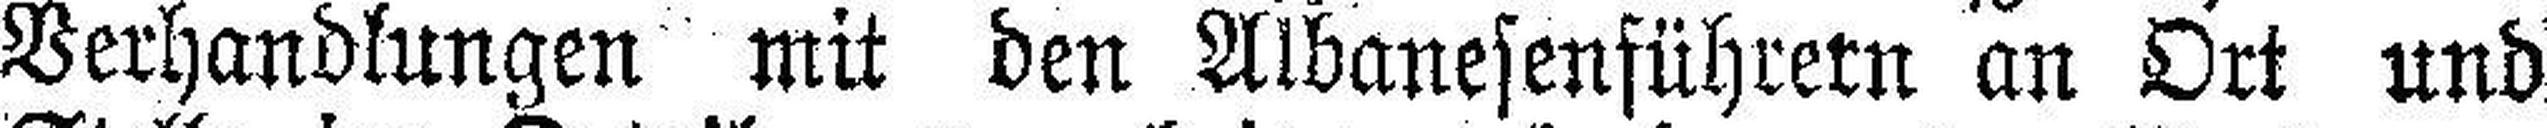
Verhandlungen mit den Albanesenführern an Ort und